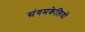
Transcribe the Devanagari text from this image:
संगमकेलियों